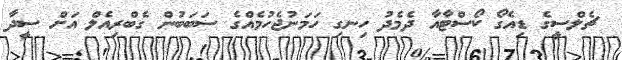
ޗެލްސީގެ ޑިއެގޯ ކޯސްޓާއާ ދެމެދު ހިނގި ހަމަނުޖެހުމެއްގެ ސަބަބުން ގެބްރިއެލް އަށް ސީދާ